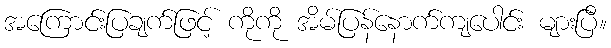
အကြောင်းပြချက်ဖြင့် ကိုကို အိမ်ပြန်နောက်ကျပေါင်း များပြီ။